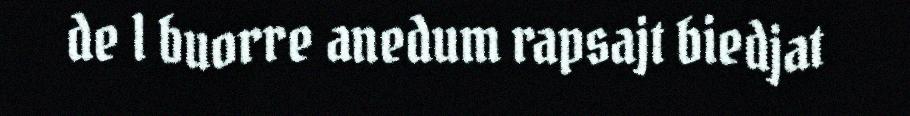
de l buorre anedum rapsajt biedjat